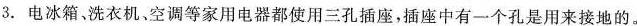
3.电冰箱、洗衣机、空调等家用电器都使用三孔插座，插座中有一个孔是用来接地的。